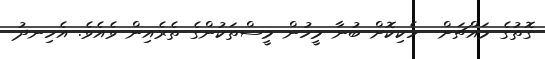
ގޮތުގެ މައްޗަށް  ހެކިކޮށް ބުނާ މީހުން މީސްތަކުންގެ ތެރެއިން ވެއެވެ. އެހިނދު